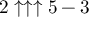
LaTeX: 2 \uparrow \uparrow \uparrow 5 - 3